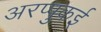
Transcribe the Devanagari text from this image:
अरप्पुकई